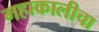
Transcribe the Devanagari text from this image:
महाकालीचा